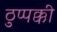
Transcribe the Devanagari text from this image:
ठुप्पक्की